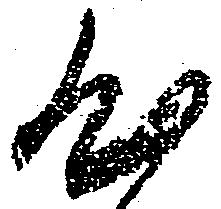
心